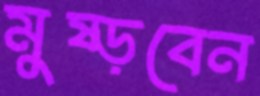
মুষ্‌ড়বেন